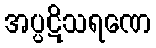
အပ္ပဋိသရဏေ